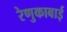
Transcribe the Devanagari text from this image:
रेणुकाबाई